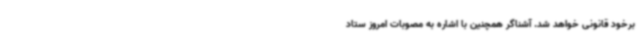
برخود قانونی خواهد شد.‌ آشناگر همچنین با اشاره به مصوبات امروز ستاد